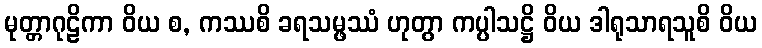
မုတ္တာဂုဠိကာ ဝိယ စ, ကဿစိ ခရသမ္ဖဿံ ဟုတွာ ကပ္ပါသဋ္ဌိ ဝိယ ဒါရုသာရသူစိ ဝိယ